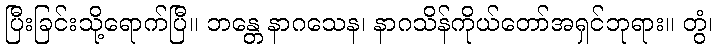
ပြီးခြင်းသို့ရောက်ပြီ။ ဘန္တေ နာဂသေန၊ နာဂသိန်ကိုယ်တော်အရှင်ဘုရား။ တွံ၊